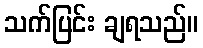
သက်ပြင်း ချရသည်။